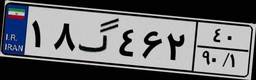
۱۸گ۴۶۲۴۰